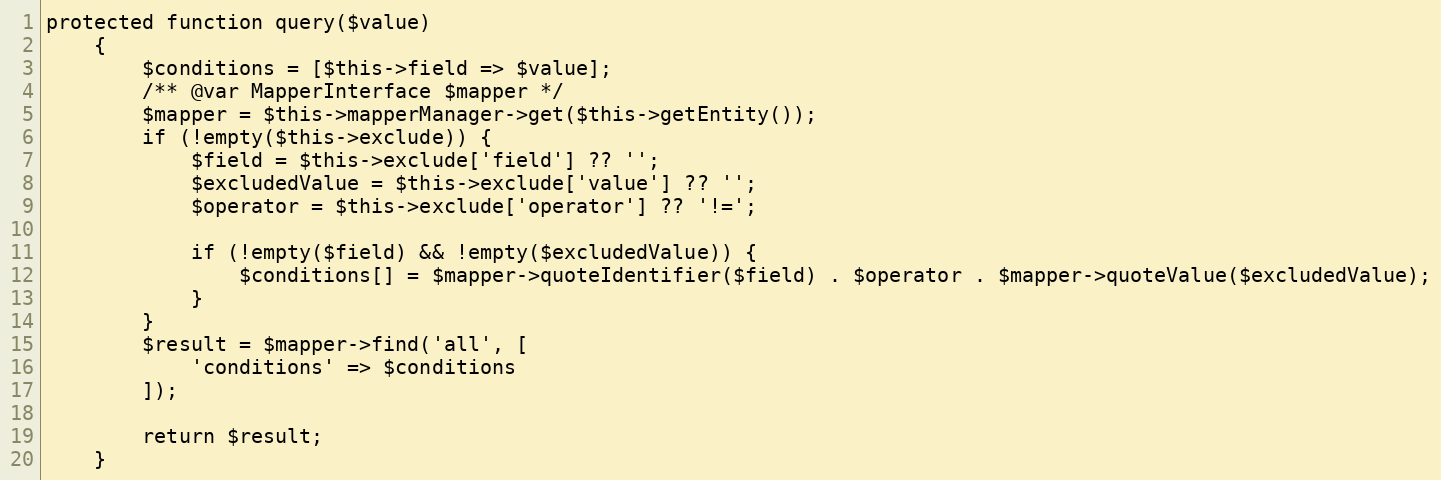
Language: PHP
protected function query($value)
    {
        $conditions = [$this->field => $value];
        /** @var MapperInterface $mapper */
        $mapper = $this->mapperManager->get($this->getEntity());
        if (!empty($this->exclude)) {
            $field = $this->exclude['field'] ?? '';
            $excludedValue = $this->exclude['value'] ?? '';
            $operator = $this->exclude['operator'] ?? '!=';

            if (!empty($field) && !empty($excludedValue)) {
                $conditions[] = $mapper->quoteIdentifier($field) . $operator . $mapper->quoteValue($excludedValue);
            }
        }
        $result = $mapper->find('all', [
            'conditions' => $conditions
        ]);

        return $result;
    }